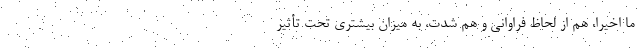
ما اخیراً، هم از لحاظ فراوانی و هم شدت، به میزان بیشتری تحت تأثیر